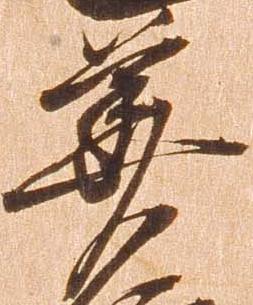
華